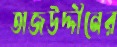
তাজউদ্দীনের